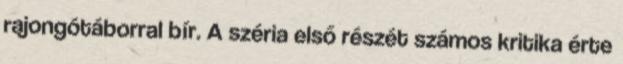
rajongótáborral bír. A széria első részét számos kritika érte